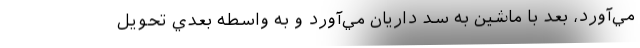
مي‌آورد، بعد با ماشين به سد داريان مي‌آورد و به واسطه بعدي تحويل